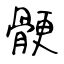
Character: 骾